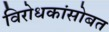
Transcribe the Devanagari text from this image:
विरोधकांसोबत